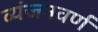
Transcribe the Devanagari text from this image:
व्यंजनवर्ण